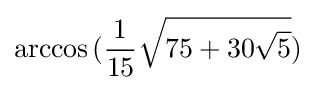
\arccos {({\frac {1}{15}}{\sqrt {75+30{\sqrt {5}}}})}